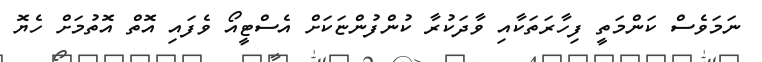
ނަމަވެސް ކަންމަތީ ފިހާރަތަކާއި ވާދަކުރާ ކުންފުންޏަކަށް އެސްޓީއޯ ވެފައި އޮތް އޮތުމަށް ހެޔޮ